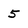
Character: 5